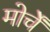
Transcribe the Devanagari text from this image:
मोर्चें